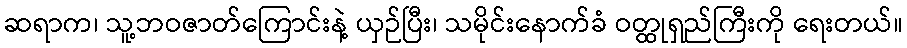
ဆရာက၊ သူ့ဘဝဇာတ်ကြောင်းနဲ့ ယှဉ်ပြီး၊ သမိုင်းနောက်ခံ ဝတ္ထုရှည်ကြီးကို ရေးတယ်။